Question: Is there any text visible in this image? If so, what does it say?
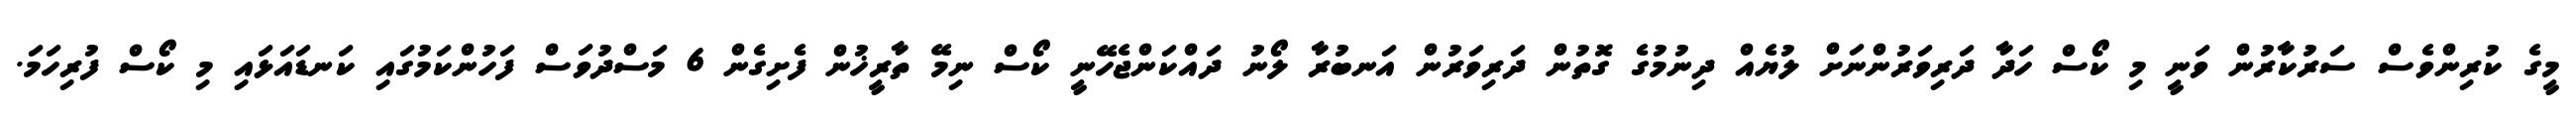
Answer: މީގެ ކުރިންވެސް ސަރުކާރުން ވަނީ މި ކޯސް ހަދާ ދަރިވަރުންނަށް ލުޔެއް ދިނުމުގެ ގޮތުން ދަރިވަރުން އަނބުރާ ލޯނު ދައްކަންޖެހޭނީ ކޯސް ނިމޭ ތާރީޚުން ފެށިގެން 6 މަސްދުވަސް ފަހުންކަމުގައި ކަނޑައަޅައި މި ކޯސް ފުރިހަމަ.